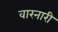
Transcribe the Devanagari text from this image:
वारनारी